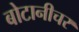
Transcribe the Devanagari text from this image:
बोटानीचर